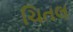
ચિતલ